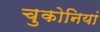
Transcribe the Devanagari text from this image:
चुकोनियां